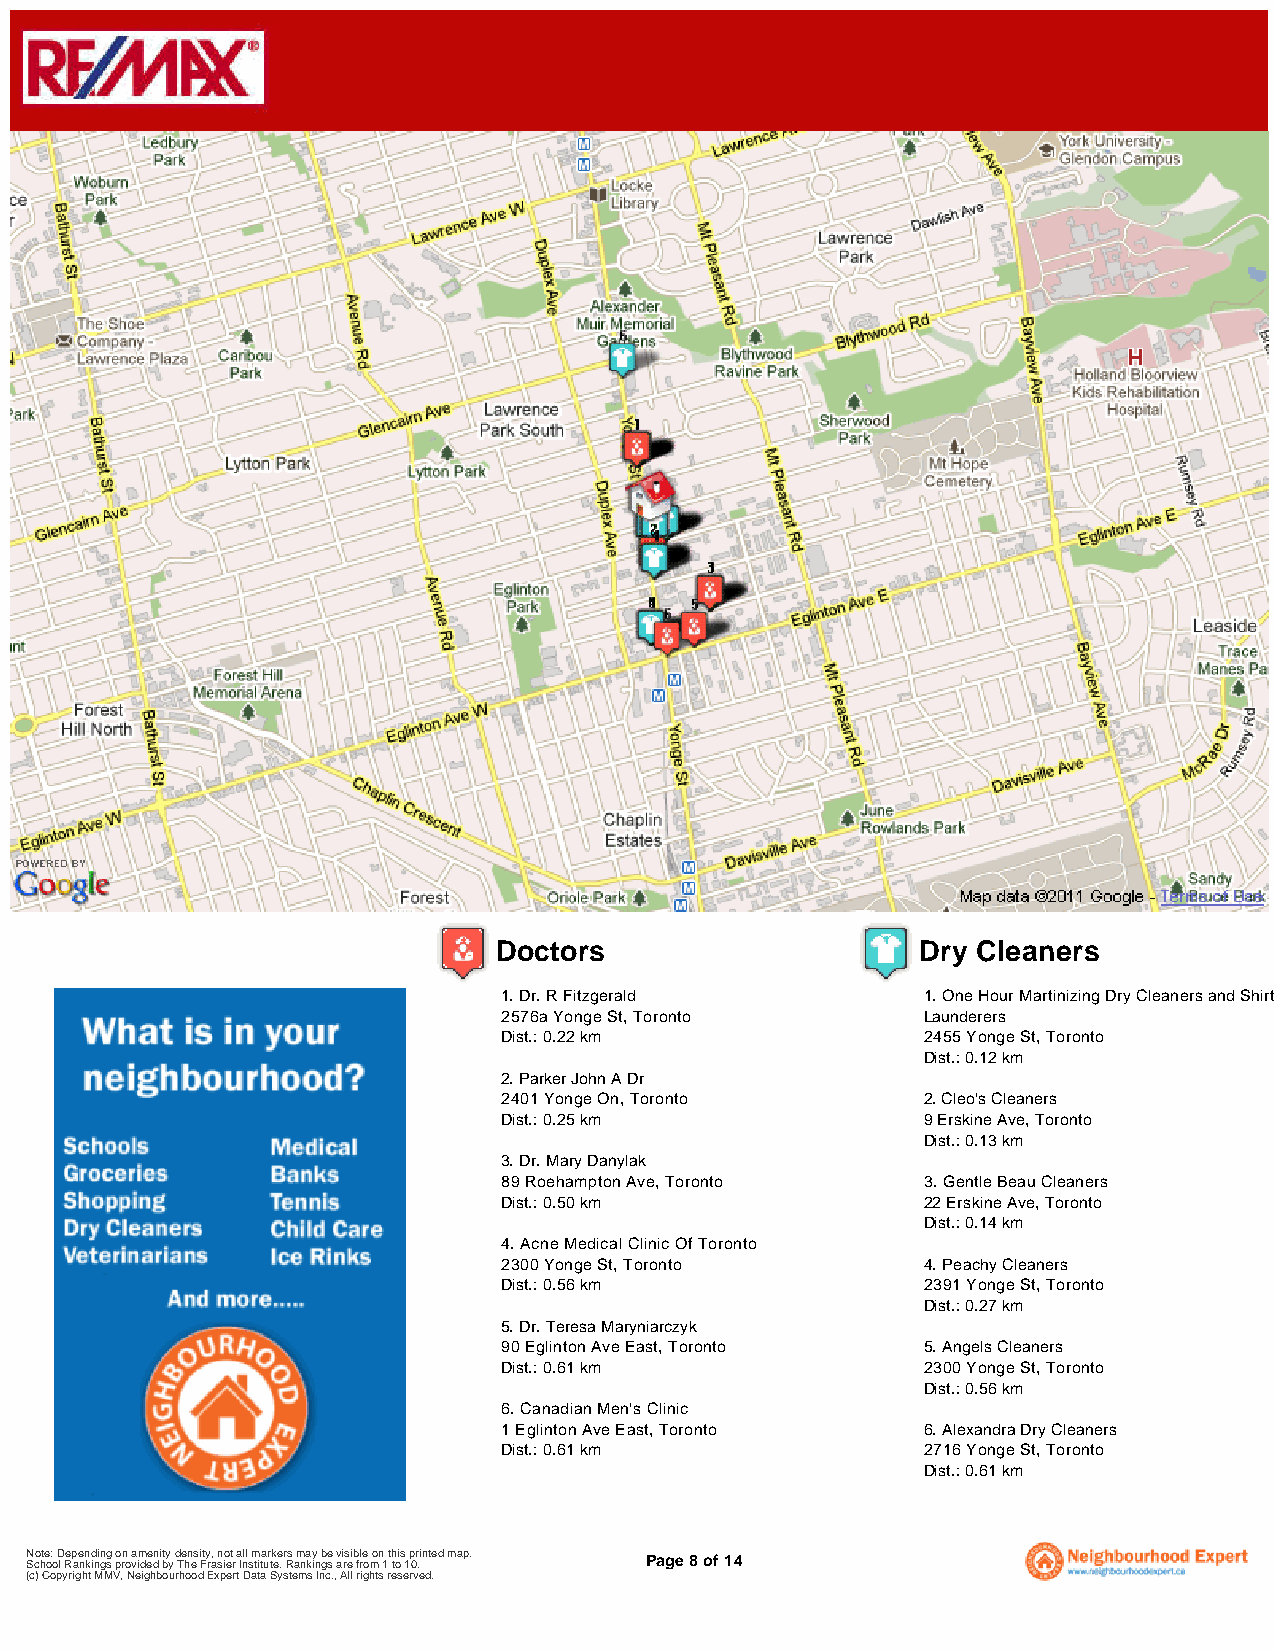
Doctors                     Dry Cleaners
 1. Dr. R Fitzgerald         1. One Hour Martinizing Dry Cleaners and Shirt
 2576a Yonge St, Toronto     Launderers
 Dist.: 0.22 km              2455 Yonge St, Toronto
 Dist.: 0.12 km
 2. Parker John A Dr
 2401 Yonge On, Toronto      2. Cleo's Cleaners
 Dist.: 0.25 km              9 Erskine Ave, Toronto
 Dist.: 0.13 km
 3. Dr. Mary Danylak
 89 Roehampton Ave, Toronto  3. Gentle Beau Cleaners
 Dist.: 0.50 km              22 Erskine Ave, Toronto
 Dist.: 0.14 km
 4. Acne Medical Clinic Of Toronto
 2300 Yonge St, Toronto      4. Peachy Cleaners
 Dist.: 0.56 km              2391 Yonge St, Toronto
 Dist.: 0.27 km
 5. Dr. Teresa Maryniarczyk
 90 Eglinton Ave East, Toronto 5. Angels Cleaners
 Dist.: 0.61 km              2300 Yonge St, Toronto
 Dist.: 0.56 km
 6. Canadian Men's Clinic
 1 Eglinton Ave East, Toronto 6. Alexandra Dry Cleaners
 Dist.: 0.61 km              2716 Yonge St, Toronto
 Dist.: 0.61 km
 N Sco hte o: o D l Rep ae nn kd inin gg s po rn o a vim dee dn i bty y d Te hn es i Fty ra, sn io et r a Inll sm tita ur tk ee . r Rs am na ky in b ge s avi rs ei b frle o mon 1 t h tois 1 p 0r .i nted map. Page 8 of 14
 (c) Copyright MMV, Neighbourhood Expert Data Systems Inc., All rights reserved.